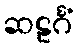
ဆဠင်္ဂံ